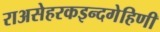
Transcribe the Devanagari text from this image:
राअसेहरकइन्दगेहिणी